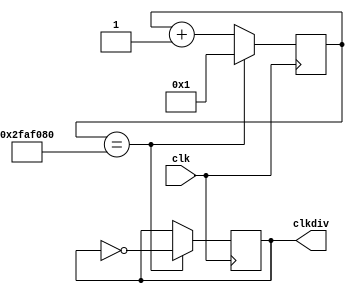
module CLK_DIV #(parameter div = 32'd50_000_000)(input clk, output clkdiv);

reg [31:0] counter = 32'd1;
reg clkout = 0;

always @ (posedge clk)
begin
    if(counter == div) begin
	    counter <= 32'd1;
		 clkout <= ~clkout;
	 end
	 else
	     counter <= counter + 1'd1;
end

assign clkdiv = clkout;

endmodule